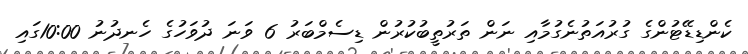
ކެންޑިޑޭޓުންގެ ގުރުއަތުނެގުމާއި ނަން ތަރުތީބުކުރުން ޑިސެމްބަރު 6 ވަނަ ދުވަހުގެ ހެނދުނު 10:00ގައި